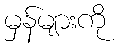
မှန်များကို